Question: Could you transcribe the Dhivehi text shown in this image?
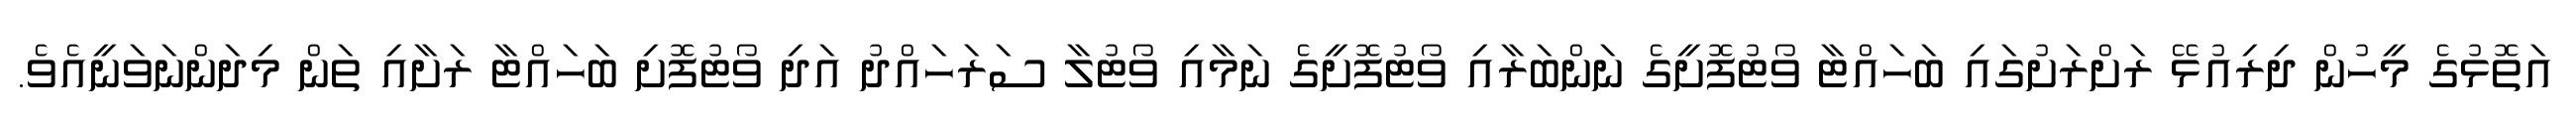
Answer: އަތޮޅުގެ މީހުން ދިރިއުޅޭ ރަށްރަށުގައި ބަހައްޓާ ވޯޓުފޮށީގެ ނަންބަރާއި ވޯޓުފޮށީގެ ނަމާއި ވޯޓުލާ ސަރަހައްދު އަދި ވޯޓުފޮށި ބަހައްޓާ ރަށާއި ތަން މިދަންނަވަނީއެވެ.